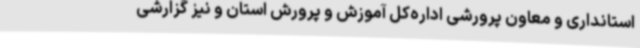
استانداری و معاون پرورشی اداره‌کل آموزش و پرورش استان و نیز گزارشی